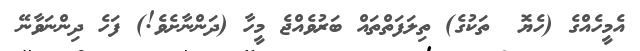
އެމީހެއްގެ (ހެޔޮ  ތަކުގެ) ތިލަފަތްތައް ބަރުވެއްޖެ މީހާ (ދަންނާށެވެ!) ފަހެ ދިންނަވާނޭ